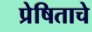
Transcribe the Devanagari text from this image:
प्रेषिताचे